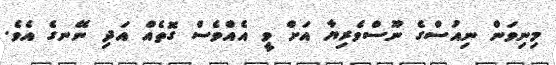
މިނިވަން ނިއުސްގެ ނޫސްވެރިޔާ އަށް ވީ އެއްވެސް ގޮތެއް އަދި ނޭނގެ އެވެ.